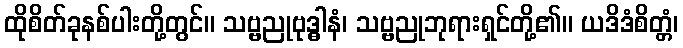
ထိုစိတ်ခုနစ်ပါးတို့တွင်။ သဗ္ဗညုဗုဒ္ဓါနံ၊ သဗ္ဗညုဘုရားရှင်တို့၏။ ယဒိဒံစိတ္တံ၊